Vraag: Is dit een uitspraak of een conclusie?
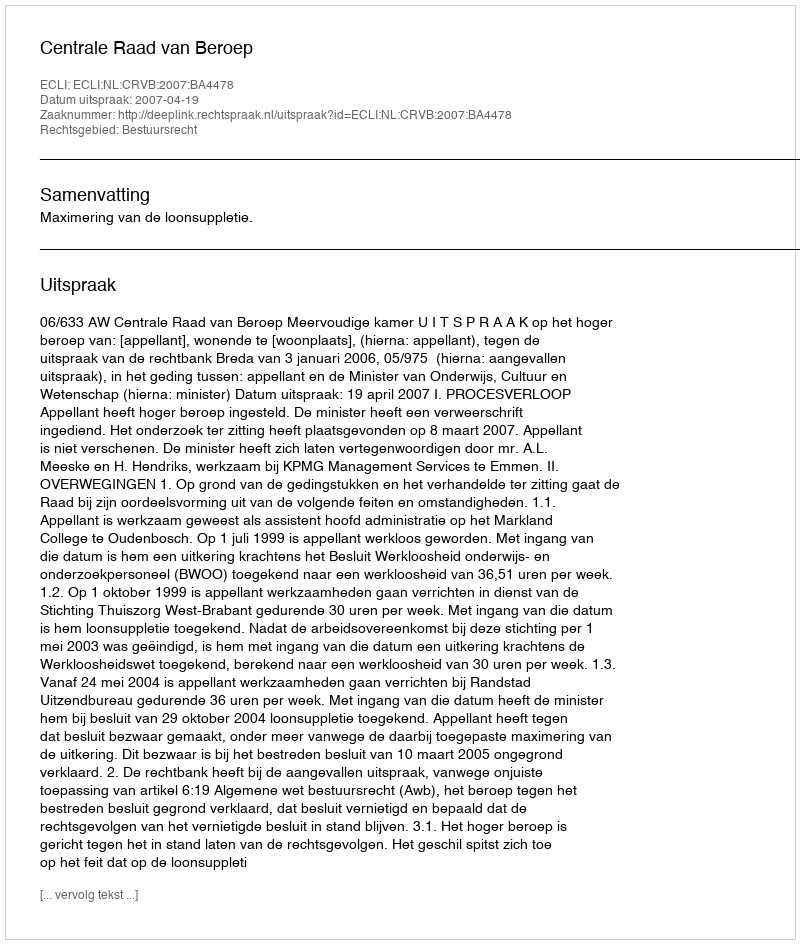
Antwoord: Uitspraak